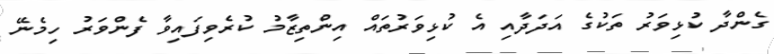
ގެންދާ ކުޅިވަރު ތަކުގެ އަދަދާއި އެ ކުޅިވަރުތައް އިންތިޒާމު ކުރެވިފައިވާ ފެންވަރު ހިމެނޭ